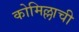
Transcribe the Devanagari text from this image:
कोमिल्लाची